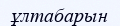
ұлтабарын